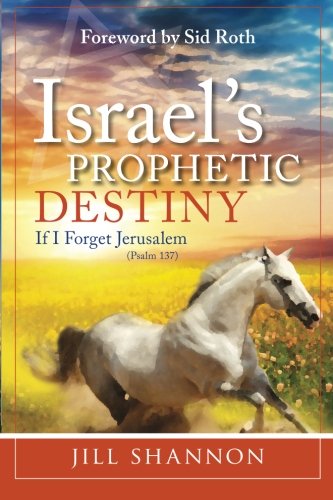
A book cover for Israel's Prophetic Destiny: If I Forget Jerusalem (Psalm 137); Jill Shannon; Christian Books & Bibles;